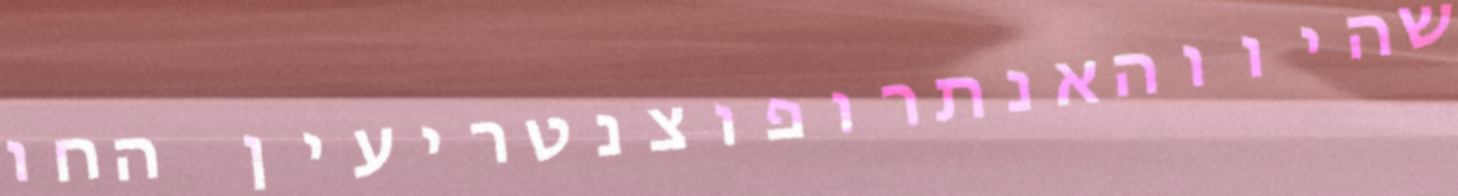
שהיווהאנתרופוצנטריעין החו